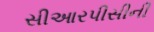
સીઆરપીસીની